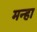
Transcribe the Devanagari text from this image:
मन्हा